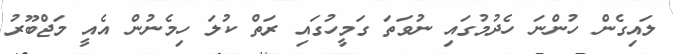
ލައިގެން ހުންނަ ހެދުމުގައި ނުވަތަ ގަމީހުގައި ރަތް ކުލަ ހިމެނުން އެއީ މަޖްބޫރު